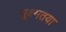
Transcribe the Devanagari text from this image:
सूक्ष्मतया